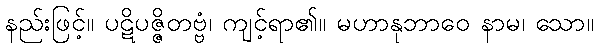
နည်းဖြင့်။ ပဋိပဇ္ဇိတဗ္ဗံ၊ ကျင့်ရာ၏။ မဟာနုဘာဝေ နာမ၊ သော။